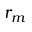
r _ { m }